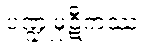
ပဏ္ဍုမုဋီကဿ